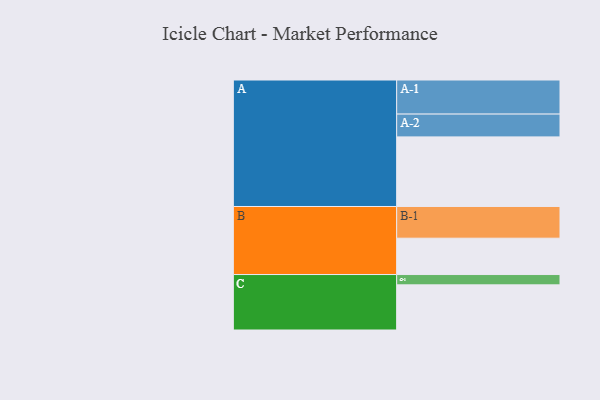
{"axis": {"x": "Segment", "y": "Value"}, "legend": ["", "A", "B", "C"], "data": [{"x": "A", "y": 586, "type": ""}, {"x": "B", "y": 306, "type": ""}, {"x": "C", "y": 380, "type": ""}, {"x": "A-1", "y": 287, "type": "A"}, {"x": "A-2", "y": 192, "type": "A"}, {"x": "B-1", "y": 267, "type": "B"}, {"x": "C-1", "y": 87, "type": "C"}]}